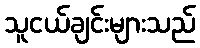
သူငယ်ချင်းများသည်